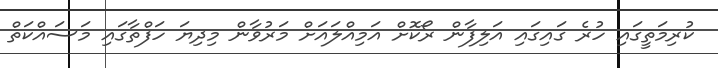
ކުރިމަތީގައި ހުރެ ގައިގައި އަލިފާން ރޯކޮށް އަމިއްލައަށް މަރުވާން މިދިޔަ ހަފްތާގައި މަސައްކަތް